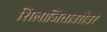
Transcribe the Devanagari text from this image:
शिलाजिताबरोबर